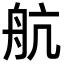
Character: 航